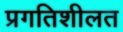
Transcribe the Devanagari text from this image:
प्रगतिशीलत